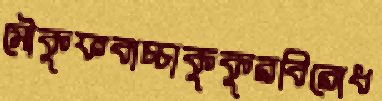
মৌকুফবাচ্চাকুকুরবিরোধ